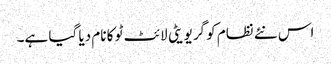
اس نئے نظام کو گریویٹی لائٹ ٹو کا نام دیا گیا ہے۔